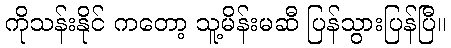
ကိုသန်းနိုင် ကတော့ သူ့မိန်းမဆီ ပြန်သွားပြန်ပြီ။